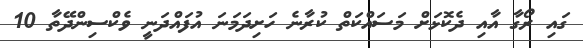
ގައި ރޯގާ އާއި ދެކޮޅަށް މަސައްކަތް ކުރާނެ ހަށިދަމަނަ އުފައްދަނީ ވެކްސިންދޭތާ 10